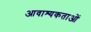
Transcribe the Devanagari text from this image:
आवाश्यकताओं